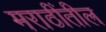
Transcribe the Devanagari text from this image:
मराठींतील